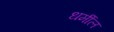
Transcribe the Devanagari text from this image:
धर्मील